Annual administration report of the Civil Veterinary Department of India - 1895-1896
Year: 1895
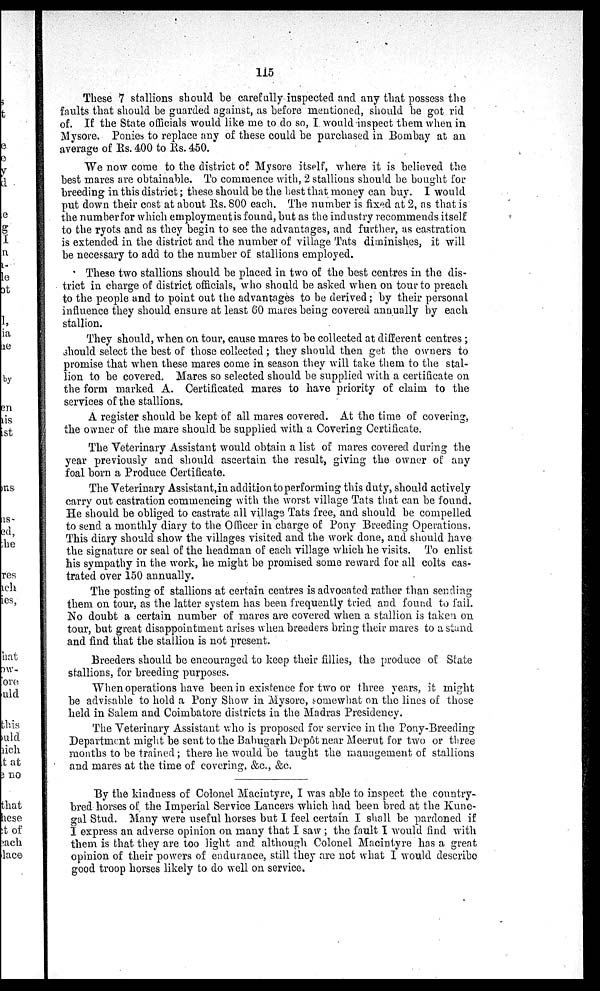
115
These 7 stallions should be carefully inspected and any that possess the
faults that should be guarded against, as before mentioned, should be got rid
of. If the State officials would like me to do so, I would inspect them when in
Mysore. Ponies to replace any of these could be purchased in Bombay at an
average of Rs. 400 to Rs. 450.
We now come to the district of Mysore itself, where it is believed the
best mares are obtainable. To commence with, 2 stallions should be bought for
breeding in this district; these should be the best that money can buy. I would
put down their cost at about Rs. 800 each. The number is fixed at 2, as that is
the number for which employment is found, but as the industry recommends itself
to the ryots and as they begin to see the advantages, and further, as castration
is extended in the district and the number of village Tats diminishes, it will
be necessary to add to the number of stallions employed.
These two stallions should be placed in two of the best centres in the dis-
trict in charge of district officials, who should be asked when on tour to preach
to the people and to point out the advantages to be derived; by their personal
influence they should ensure at least 60 mares being covered annually by each
stallion.
They should, when on tour, cause mares to be collected at different centres;
should select the best of those collected; they should then get the owners to
promise that when these mares come in season they will take them to the stal-
lion to be covered. Mares so selected should be supplied with a certificate on
the form marked A. Certificated mares to have priority of claim to the
services of the stallions.
A register should be kept of all mares covered. At the time of: covering,
the owner of the mare should be supplied with a Covering Certificate.
The Veterinary Assistant would obtain a list of mares covered during the
year previously and should ascertain the result, giving the owner of any
foal born a Produce Certificate.
The Veterinary Assistant,in addition to performing this duty, should actively
carry out castration commencing with the worst village Tats that can be found
He should be obliged to castrate all village Tats free, and should be compelled
to send a monthly diary to the Officer in charge of Pony Breeding Operations.
This diary should show the villages visited and the work done, and should have
the signature or seal of the headman of each village which he visits. To enlist
his sympathy in the work, he might be promised some reward for all colts cas-
trated over 150 annually.
The posting of stallions at certain centres is advocated rather than sending
them on tour, as the latter system has been frequently tried and found to fail.
No doubt a certain number of mares are covered when a stallion is taken on
tour, but great disappointment arises when breeders bring their mares to a stand
and find that the stallion is not present.
Breeders should be encouraged to keep their fillies, the produce of State
stallions, for breeding purposes.
When operations have been in existence for two or three years, it might
be advisable to hold a Pony Show in Mysore, somewhat on the lines of those
held in Salem and Coimbatore districts in the Madras Presidency.
The Veterinary Assistant who is proposed for service in the Pony-Breeding
Department might be sent to the Babugarh Depôt near Meerut for two or three
months to be trained; there he would be taught the management of stallions
and mares at the time of covering, &c., &c.
By the kindness of Colonel Macintyre, I was able to inspect the country-
bred horses of the Imperial Service Lancers which had been bred at the Kune-
gal Stud. Many were useful horses but I feel certain I shall be pardoned if
I express an adverse opinion on many that I saw; the fault I would find with
them is that they are too light and although Colonel Macintyre has a great
opinion of their powers of endurance, still they are not what I would describe
good troop horses likely to do well on service.